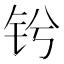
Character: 𫓫